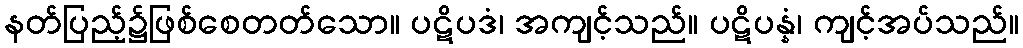
နတ်ပြည့်၌ဖြစ်စေတတ်သော။ ပဋိပဒံ၊ အကျင့်သည်။ ပဋိပန္နံ၊ ကျင့်အပ်သည်။